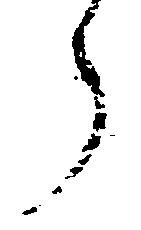
了